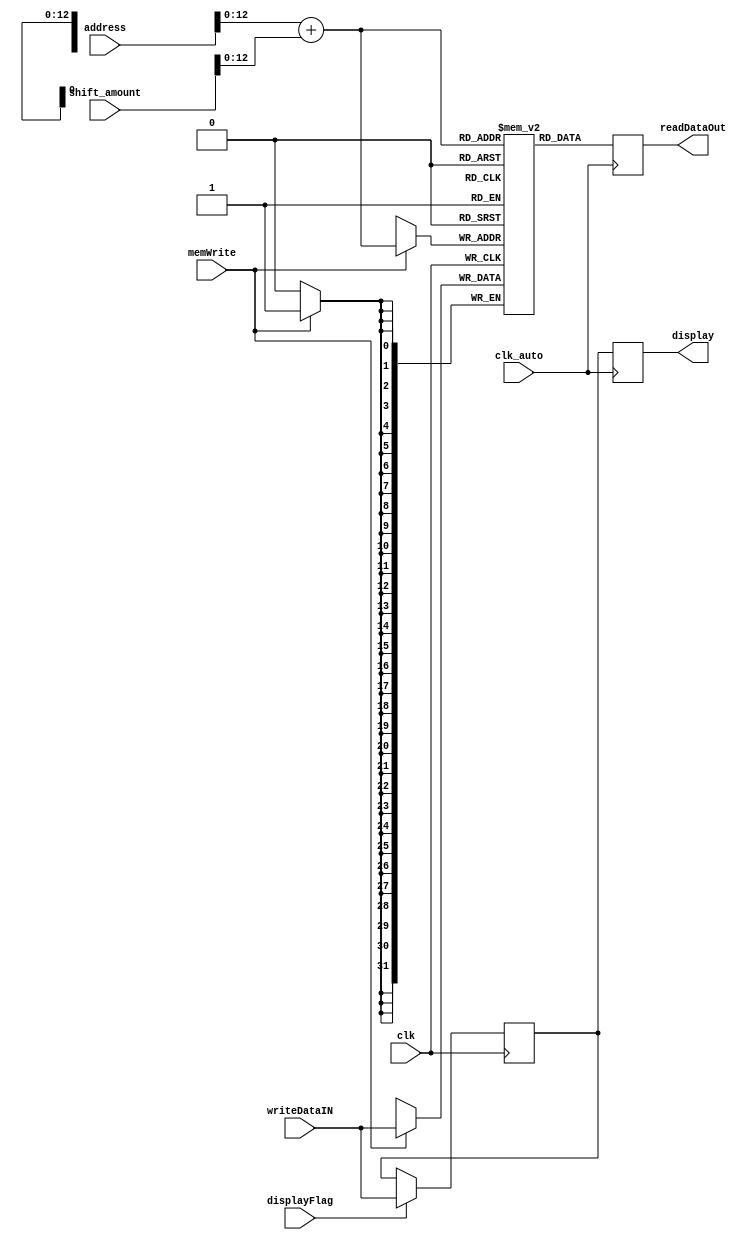
module DataMem(writeDataIN, address, clk, memWrite, display, displayFlag, readDataOut, clk_auto, shift_amount);

	input [31:0] writeDataIN, address, shift_amount;
	input clk, clk_auto, memWrite, displayFlag; 
	output reg [31:0] readDataOut, display;
	
	reg [31:0] displayout;
	parameter addr = 13;
	reg [31:0] MEMORIA[((2**addr)-1):0];
	
	always @(negedge clk)
		begin 
			if(memWrite)
				MEMORIA[address + shift_amount] <= writeDataIN;
			if(displayFlag)
				displayout = writeDataIN;
		end	
	
	always @(negedge clk_auto)
	begin
		readDataOut <= MEMORIA[address + shift_amount];
		display <= displayout;
	end
	
endmodule